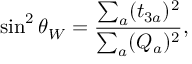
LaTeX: \sin ^ { 2 } \theta _ { W } = \frac { \sum _ { a } ( t _ { 3 a } ) ^ { 2 } } { \sum _ { a } ( Q _ { a } ) ^ { 2 } } ,